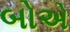
બોએ